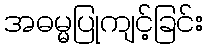
အဓမ္မပြုကျင့်ခြင်း